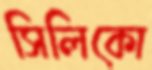
সিলিকো